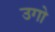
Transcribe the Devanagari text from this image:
उगो